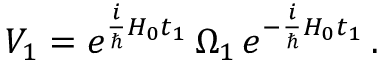
V _ { 1 } = e ^ { \frac { i } { \hbar } H _ { 0 } t _ { 1 } } \, \Omega _ { 1 } \, e ^ { - \frac { i } { \hbar } H _ { 0 } t _ { 1 } } \, .